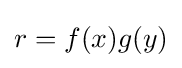
r=f(x)g(y)